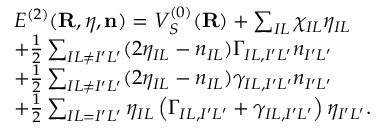
\begin{array} { r l } & { { \cal E } ^ { ( 2 ) } ( { \bf R } , { \boldsymbol \eta } , { \bf n } ) = V _ { S } ^ { ( 0 ) } ( { \bf R } ) + \sum _ { I L } \chi _ { I L } \eta _ { I L } } \\ & { + \frac { 1 } { 2 } \sum _ { I L \ne I ^ { \prime } L ^ { \prime } } ( 2 \eta _ { I L } - n _ { I L } ) \Gamma _ { I L , I ^ { \prime } L ^ { \prime } } n _ { I ^ { \prime } L ^ { \prime } } } \\ & { + \frac { 1 } { 2 } \sum _ { I L \ne I ^ { \prime } L ^ { \prime } } ( 2 \eta _ { I L } - n _ { I L } ) \gamma _ { I L , I ^ { \prime } L ^ { \prime } } n _ { I ^ { \prime } L ^ { \prime } } } \\ & { + \frac { 1 } { 2 } \sum _ { I L = I ^ { \prime } L ^ { \prime } } \eta _ { I L } \left( \Gamma _ { I L , I ^ { \prime } L ^ { \prime } } + \gamma _ { I L , I ^ { \prime } L ^ { \prime } } \right) \eta _ { I ^ { \prime } L ^ { \prime } } . } \end{array}